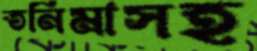
তনিমাসহ